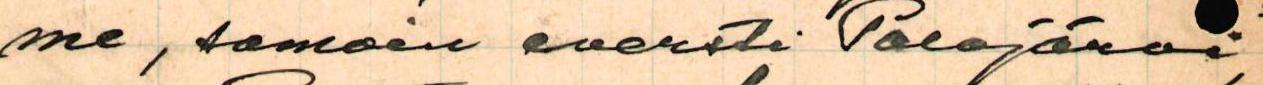
me, samoin eversti Palojärvi,